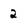
Character: 2